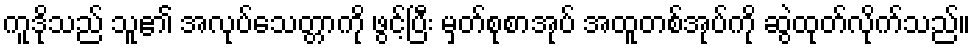
ကူဒိုသည် သူ၏ အလုပ်သေတ္တာကို ဖွင့်ပြီး မှတ်စုစာအုပ် အထူတစ်အုပ်ကို ဆွဲထုတ်လိုက်သည်။